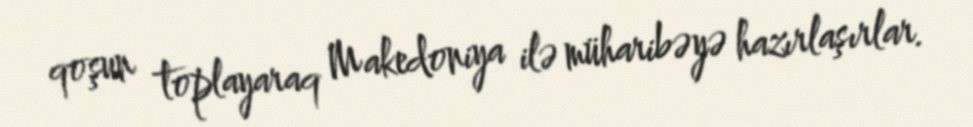
qoşun toplayaraq Makedoniya ilə müharibəyə hazırlaşırlar.